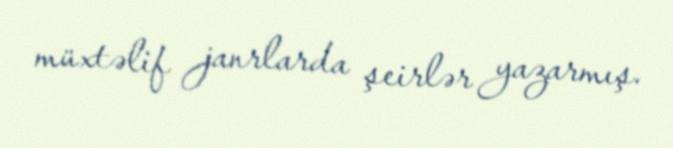
müxtəlif janrlarda şeirlər yazarmış.